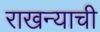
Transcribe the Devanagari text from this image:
राखन्याची